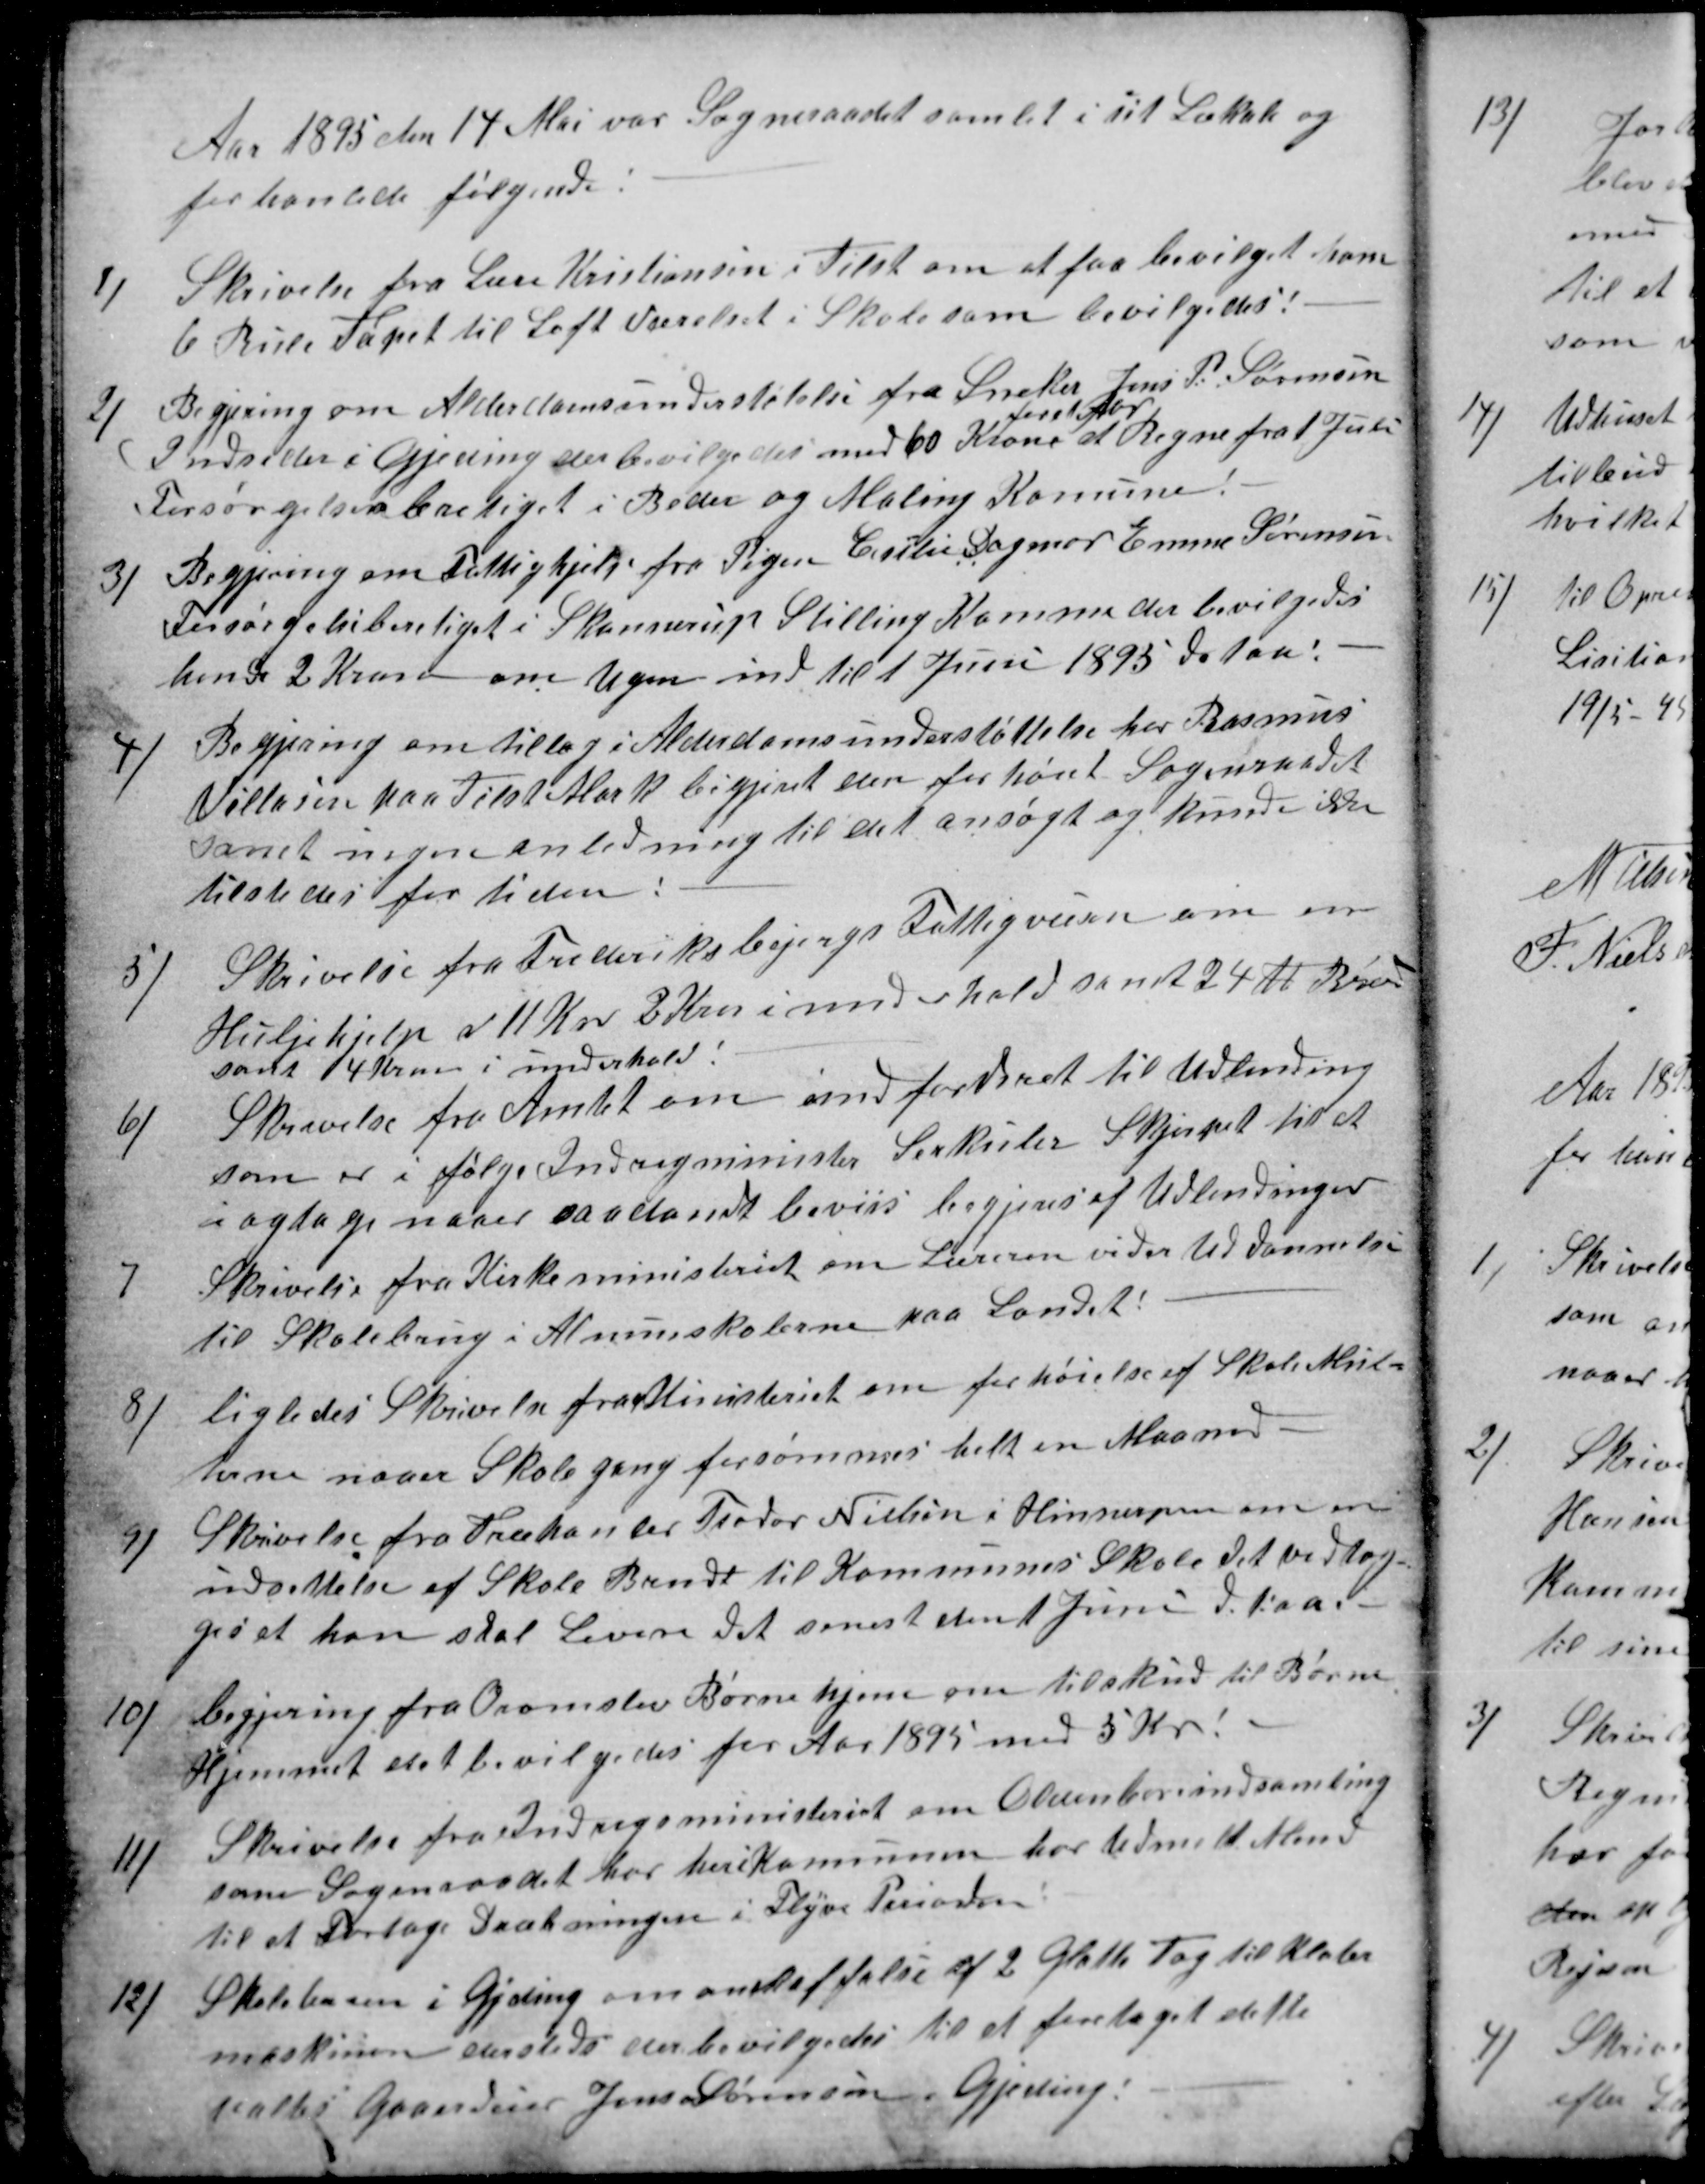
Transskription:
Aar 1895 den 14 Mai var Sogneraadet samlet i sit Lokale og
forhanlede følgende:
1)
Skrivelse fra Lære Kristiansen i Tilst om at faa bevilget ham
6 Rule Tapet til Loft Værelset i Skole som bevilgedes:
2)
Begjering om Alderdomsunderstøtelse fra Sneker Jens P. Sørensen
Indsider i Gjeding der bevilgedes med 60 Kroner
for et Aar
at Regne fra 1 Juli
Forsørgelsesberetiget i Beder og Maling Komune.
3)
Begjering om Fattighjelp fra Pigen Cesilie Dagmar Emme Sørensen
Forsørgelseberetiget i Skannerup Stilling Komme der bevilgedes
hende 2 Kroner om Ugen ind til 1 Juni 1895 det Aar.
4)
Begjering om tillæg i Alderdomsunderstøttelse har Rasmus
Villasen paa Tilst Mark begjeret den for høiet Sogneraadet
fand ingen anledning til det ansøgt og kunde ikke
tilstedes for tiden:
5)
Skrivelse fra Frederiksbjergs Fattigvæsen om en
Husljehjelp a 11 Kr 2 Krn i underhold samt 24 ℔ Brend
samt 4 Kroner i underhold:
6)
Skrivelse fra Amtet om Indfordsret til Udlending
som er i følge Indrigminister Serkuler Skjerpet til at
i agtage naaer saadandt beviis begjeres af Udlendinger
7
Skrivelse fra Kirkeministeriet om Læreren vider Uddannelse
til Skolebrug i Almueskolerne paa Landet:
8)
ligledes Skrivelse fra Ministeriet om forhøielse af Skole Mul-
terne naaer Skolegang forsømmes helt en Maaned.
9)
Skrivelse fra Træhanler Teodor Nielsen i Hinnerpen om en
udsettelse af Skole Brende til Kommunes Skole det vedtog
ges at han skal Levere det senest den 1 Juni dt Aar. 
10)
begjering fra Ormslev Børnehjem om tilskud til Børne
Hjemmet det bevilgedes for Aar 1895 med 5 Kr.
11)
Skrivelse fra Indrigsministeriet om Oldenborindsamling
som Sogneraadet har her i Kommunen har Udmelt Mend
til at Fortage Dræbningen i Flyve Perioden
12)
Skolelæren i Gjeding om anskaffelse af 2 Glatte Tag til Klater
maskinen dersteds der bevilgedes til at foretaget dette
valtes Gaardeier Jens Sørensen, Gjeding.